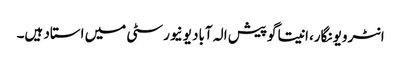
انٹرویو نگار، انیتا گوپیش الہ آباد یونیورسٹی میں استاد ہیں۔